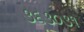
૩૬૩૦૩૧